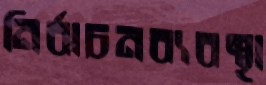
নির্বাচনব্যবস্থা